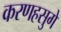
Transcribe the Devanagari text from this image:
करणहसुगे